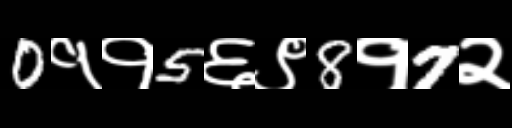
Text: 0११5६९8१7२